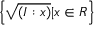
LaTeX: \left\{ { \sqrt { ( I : x ) } } | x \in R \right\}